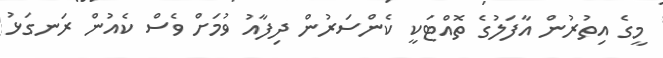
މީގެ އިތުރުން އާފަލުގެ ތޮއްޓަކީ ކެންސަރުން ދިފާއު ވުމަށް ވެސް ކެއުން ރަނގަޅު